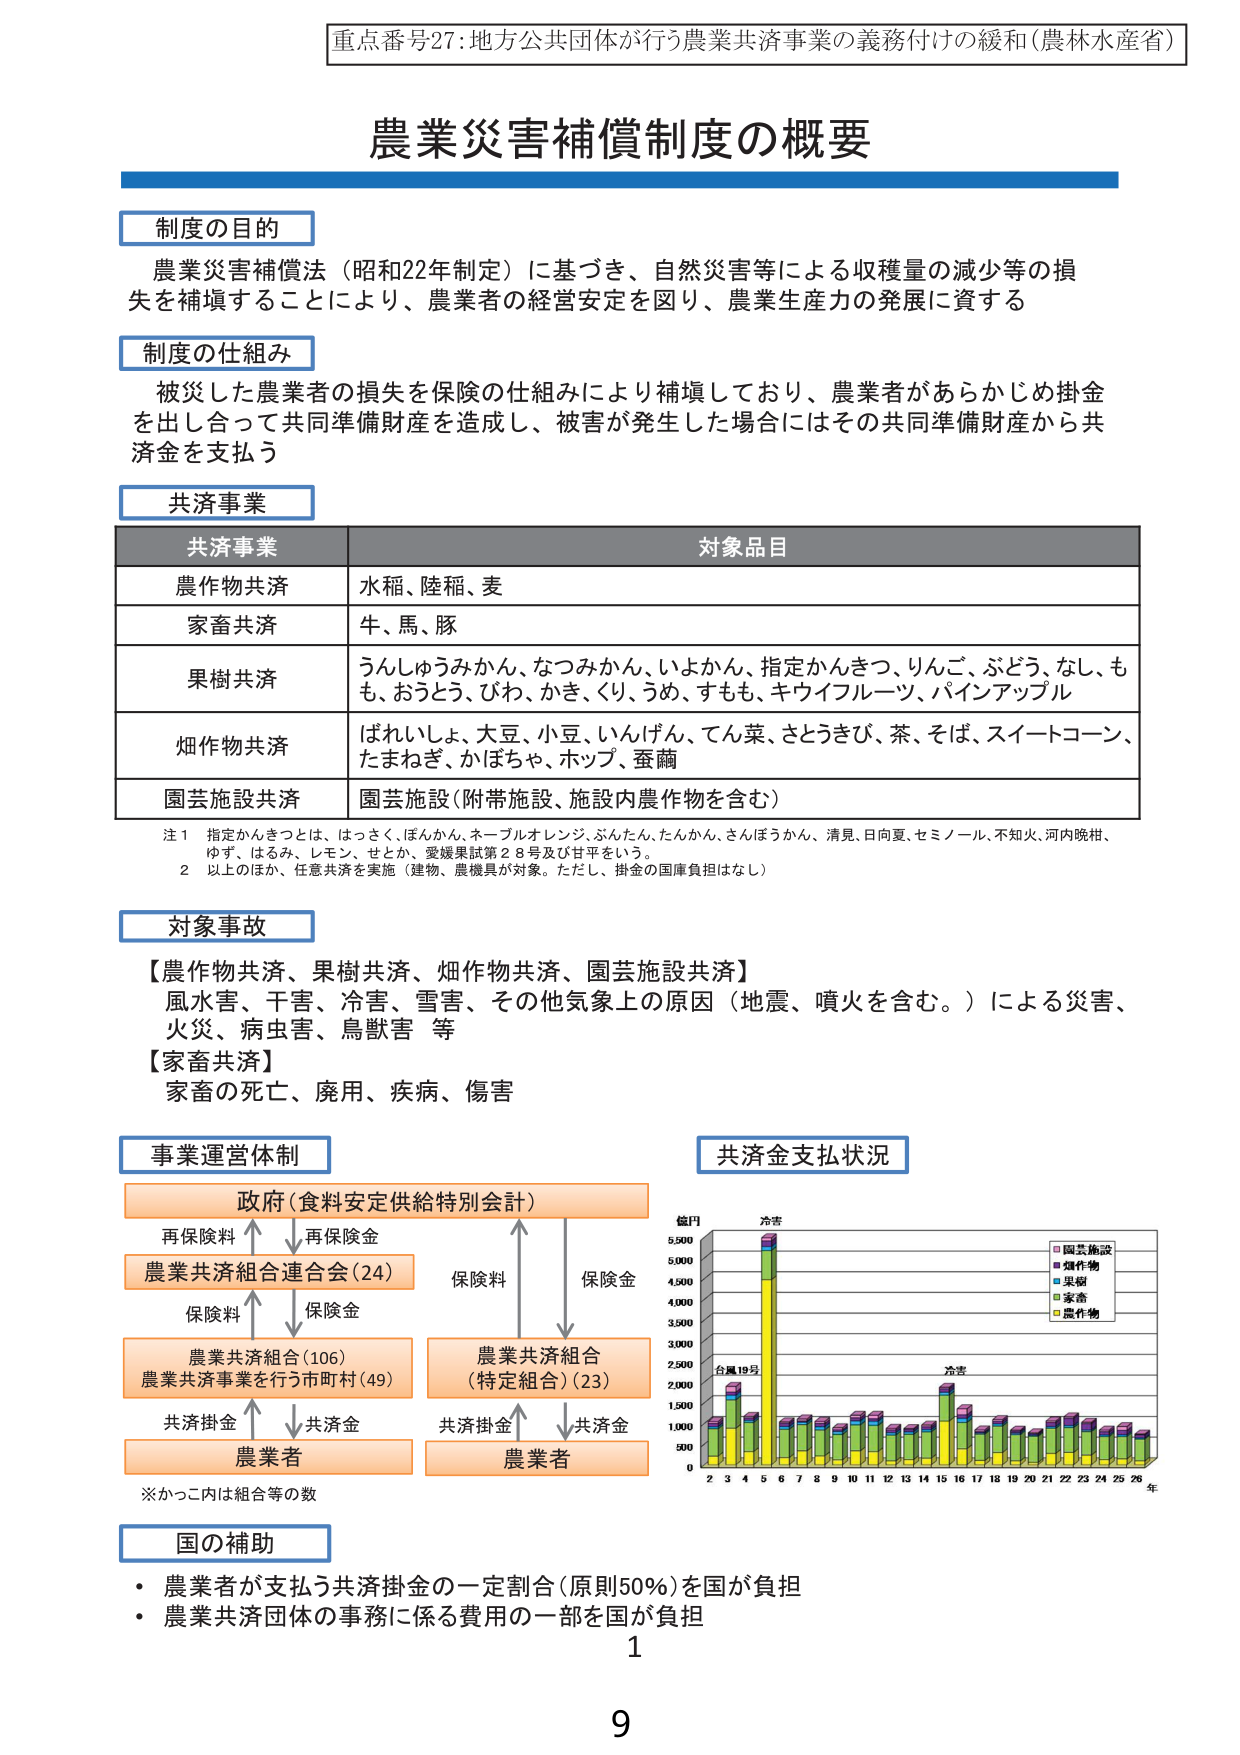
重点番号27:地方公共団体が行う農業共済事業の義務付けの緩和(農林水産省)

農業災害補償制度の概要

制度の目的
農業災害補償法（昭和22年制定）に基づき、自然災害等による収穫量の減少等の損失を補填することにより、農業者の経営安定を図り、農業生産力の発展に資する

制度の仕組み
被災した農業者の損失を保険の仕組みにより補填しており、農業者があらかじめ掛金を出し合って共同準備財産を造成し、被害が発生した場合にはその共同準備財産から共済金を支払う

共済事業
共済事業 対象品目
農作物共済 水稲、陸稲、麦
家畜共済 牛、馬、豚
果樹共済 うんしゅうみかん、なつみかん、いよかん、指定かんきつ、りんご、ぶどう、なし、もも、おうとう、びわ、かき、くり、うめ、すもも、キウイフルーツ、パインアップル
畑作物共済 ばれいしょ、大豆、小豆、いんげん、てん菜、さとうきび、茶、そば、スイートコーン、たまねぎ、かぼちゃ、ホップ、蚕繭
園芸施設共済 園芸施設(附帯施設、施設内農作物を含む)

注1 指定かんきつとは、はっさく、ほんかん、ネーブルオレンジ、ぶんたん、たんかん、さんぼうかん、清見、日向夏、セミノール、不知火、河内晩柑、ゆず、はるみ、レモン、せとか、愛媛果試第28号及び甘平をいう。
2 以上のほか、任意共済を実施（建物、農機具が対象。ただし、掛金の国庫負担はない）

対象事故
【農作物共済、果樹共済、畑作物共済、園芸施設共済】
風水害、干害、冷害、雪害、その他気象上の原因（地震、噴火を含む。）による災害、火災、病虫害、鳥獣害 等
【家畜共済】
家畜の死亡、廃用、疾病、傷害

事業運営体制
政府(食料安定供給特別会計)
再保険料 ←→ 再保険金
農業共済組合連合会(24)
保険料 ←→ 保険金
農業共済組合(106)
農業共済事業を行う市町村(49)
共済掛金 ←→ 共済金
農業者
農業共済組合
(特定組合)(23)
共済掛金 ←→ 共済金
農業者
※かっこ内は組合等の数

共済金支払状況
億円
冷害
5,500
5,000
4,500
4,000
3,500
3,000
2,500
2,000
1,500
1,000
500
0
2 3 4 5 6 7 8 9 10 11 12 13 14 15 16 17 18 19 20 21 22 23 24 25 26 年
台風19号
冷害
園芸施設
畑作物
果樹
家畜
農作物

国の補助
・農業者が支払う共済掛金の一定割合(原則50%)を国が負担
・農業共済団体の事務に係る費用の一部を国が負担

1
9